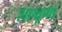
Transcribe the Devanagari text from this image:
शएकूण